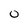
Character: O